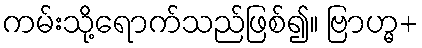
ကမ်းသို့ရောက်သည်ဖြစ်၍။ ဗြာဟ္မ+